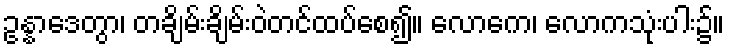
ဥန္နာဒေတွာ၊ တချိမ်းချိမ်းဝဲတင်ထပ်စေ၍။ လောကေ၊ လောကသုံးပါး၌။